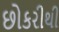
છોકરીથી